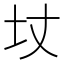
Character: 𡉋